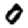
Digit: 0